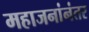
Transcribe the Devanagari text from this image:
महाजनांनंतर